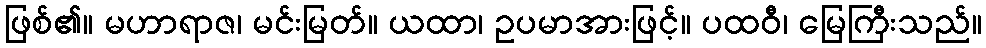
ဖြစ်၏။ မဟာရာဇ၊ မင်းမြတ်။ ယထာ၊ ဥပမာအားဖြင့်။ ပထဝီ၊ မြေကြီးသည်။